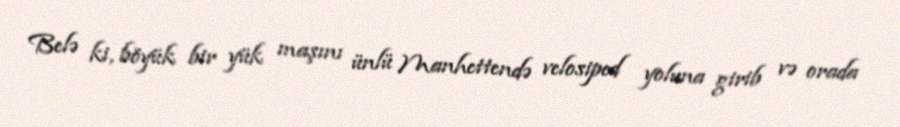
Belə ki, böyük bir yük maşını ünlü Manhettendə velosiped yoluna girib və orada